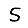
Digit: 5